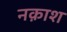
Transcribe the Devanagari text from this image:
नक़ाश